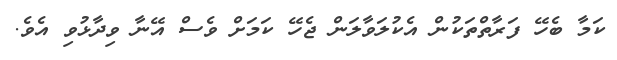
ކަމާ ބެހޭ ފަރާތްތަކުން އެކުލަވާލަން ޖެހޭ ކަމަށް ވެސް އޭނާ ވިދާޅުވި އެވެ.